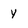
Character: y